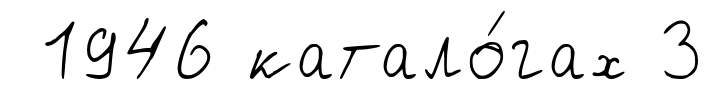
1946 катало́гах 3